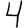
Digit: 4